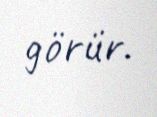
görür.